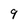
Character: 9